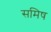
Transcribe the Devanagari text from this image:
समिष